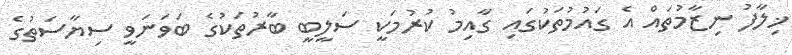
ޚިލާފު ނިޒާމުތައް އެ ގައުމުތަކުގައި ގާއިމު ކުރުމަކީ ސަލީބީ ބާރުތަކުގެ ބަވަނަވީ ސިޔާސަތުގެ